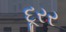
દૂરર